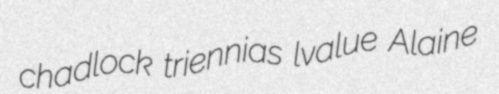
chadlock triennias lvalue Alaine